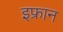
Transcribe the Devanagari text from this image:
इफ्रान